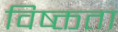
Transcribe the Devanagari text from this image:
विष्क्तता